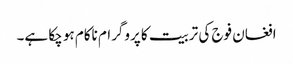
افغان فوج کی تربیت کا پروگرام ناکام ہو چکا ہے۔